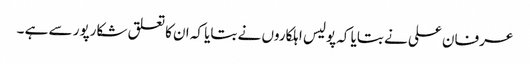
عرفان علی نے بتایا کہ پولیس اہلکاروں نے بتایا کہ ان کا تعلق شکارپور سے ہے ۔